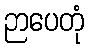
ဉာပေတုံ